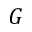
G